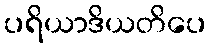
ပရိယာဒိယတိပေ